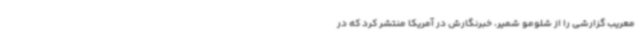
معریب گزارشی را از شلومو شمیر، خبرنگارش در آمریکا منتشر کرد که در